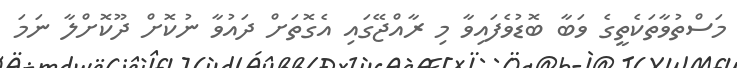
މަސްތުވާތަކެތީގެ ވަބާ ބޮޑުވެފައިވާ މި ރާއްޖޭގައި އެގޮތަށް ދައުވާ ނުކޮށް ދޫކޮށްލާ ނަމަ